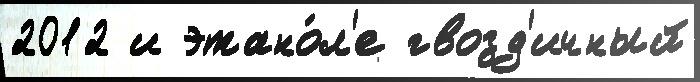
2012 и этано́л'е гвозд'ичный